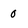
Character: 0